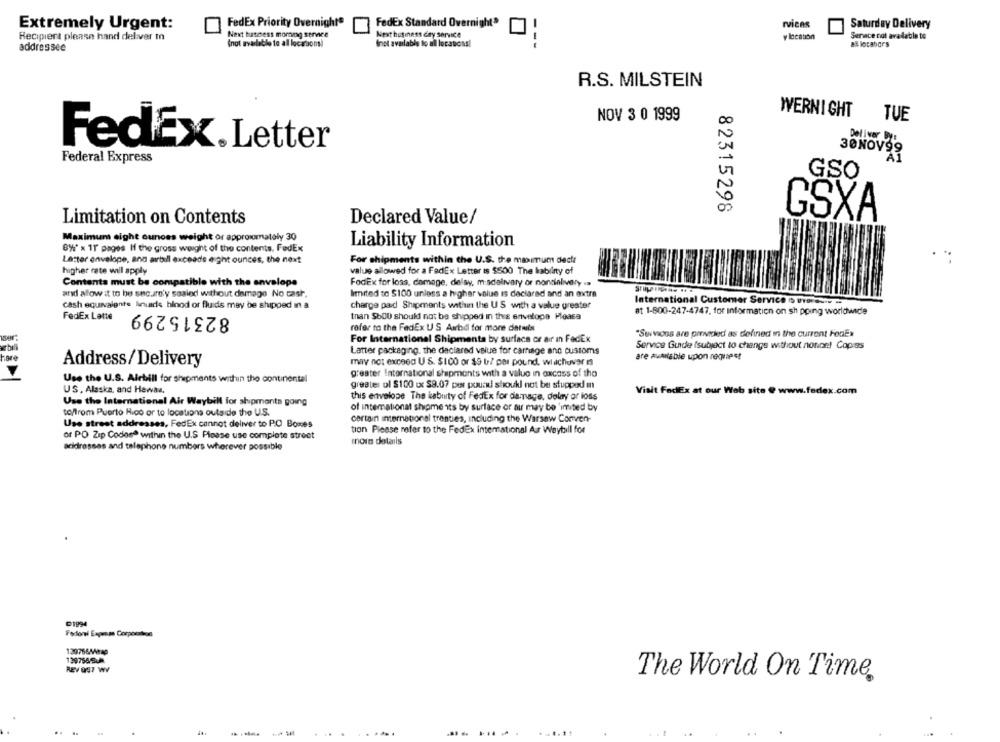
rvices
Extremely Urgent:
FedEx Priority Overnight®
FedEx Standard Overnight"
Saturday Delivery
Recipient please hand deliver to
Next tuschess morning service
Next business day service
y location
Serace cat avadable to
(not available to all locations!
Inot available to all locations!
---
allorabors
addressee
R.S. MILSTEIN
NOV 3 0 1999
WERNI GHT
TUE
Deliver By:
FedEx.Letter
30NOV99
Federal Express
GSO
82315298
GSXA
Limitation on Contents
Declared Value/
Maximum sight ounces weight or approximately 30
Liability Information
8%* x 11 pages If the gross weight of the contents. FedEx
Latter envelope, and avbill exceeds eight ounces, the next
For shipments within the U.S. the maximum deckt
higher rate will apply
value allowed for a FadEx Letter is $500 The liability of
Contents must be compatible with the envelope
FodEx for loss, damage, delay, m:sdalivary or nondelivery .»
and allow it to be secure'y sealed without damage No cash.
limited to $100 unless a higher value is declared and an extra
Cash equivalente Inuids blood or fluids may be shipped in a
charge paid Shipments within the US with a value greater
International Customer Service s uvaav.v =
82315299
at 1-800-247-4747, for information on sh pping worldwide
FedEx Lette
than $600 should not be shipped in this envelope Peasa
refer to the FedEx U S Awbd for more details
"Suivions are provided as defined in the current FedEx
For International Shipments by surface or air in FedEx
Service Guide fsubject to change without nonce! Copies
Latter packaging. the declared value for carnage and customs
are Available upon request
Address/Delivery
may not exceed U S. $100 or 19 U7 per pound, wiachover is
Use the U.S. Airbill for shipments within the continental
greater International shapmonts with a value in axcass of the
greater ul $100 cx $9.07 pit pound should not be stupped in
US, Alaska, and Hewas,
Visit FedEx at our Web site @ www.fedex.com
this envelope The kabuty of FedEx for damage, delay or loss
Use the International Air Waybill for shipments going
of intemationat shipments by surface or aur may be 'imited by
to/from Puerto Rico or to locations outa de the U.S.
Use street addresses, FedEx cannot deliver to P.O. Boxes
certain international treaties, including the Warsaw Comven-
tion Please refer to the FedEx international As Waytill for
or PO Zip Codesª within the U.S Please use complete street
acidresses and telephone numbers wherever possible
more details
D1994
Fedorai Express Corporation
129766Mmag
REVOST WY
The World On Time
....
..